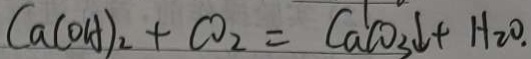
C a ( O H ) _ { 2 } + C O _ { 2 } = C a _ { a } C O _ { 3 } \downarrow + H _ { 2 } O .